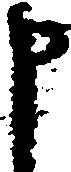
申